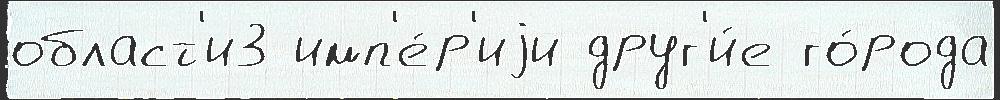
област'и3 имп'е́р'иjи друг'и́е го́рода